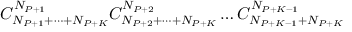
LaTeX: C _ { N _ { P + 1 } + \dots + N _ { P + K } } ^ { N _ { P + 1 } } C _ { N _ { P + 2 } + \dots + N _ { P + K } } ^ { N _ { P + 2 } } \dots C _ { N _ { P + K - 1 } + N _ { P + K } } ^ { N _ { P + K - 1 } }